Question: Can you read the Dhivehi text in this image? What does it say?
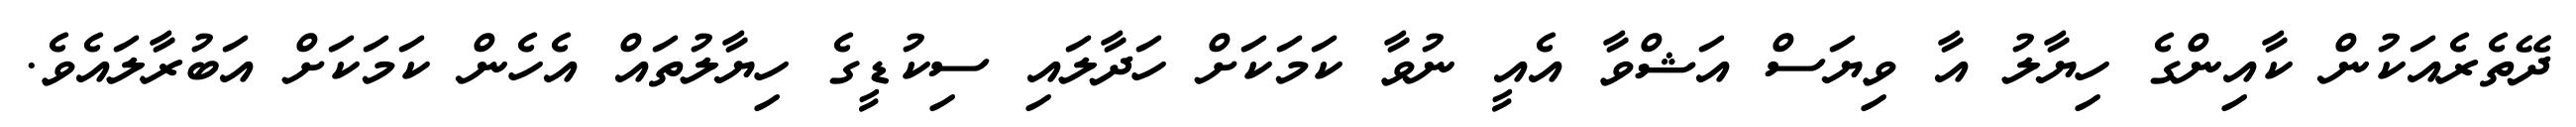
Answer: ދޭތެރެއަކުން ކާއިންގެ ހިޔާލު އާ ވިޔަސް އަޝްވާ އެއީ ނުވާ ކަމަކަށް ހަދާލައި ސިކުޑީގެ ހިޔާލުތައް އެހެން ކަމަކަށް އަބުރާލައެވެ.